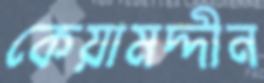
কেয়ামদ্দীন